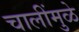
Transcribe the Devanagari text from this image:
चालींमुळे